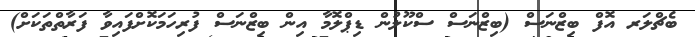
ބެޗްލަރ އޮފް ބިޒްނަސް (ބިޒްނަސް ސްކޫލުން ޑިޕްލޮމާ އިން ބިޒްނަސް ފުރިހަމަކޮށްފައިވާ ފަރާތްތަކަށް)